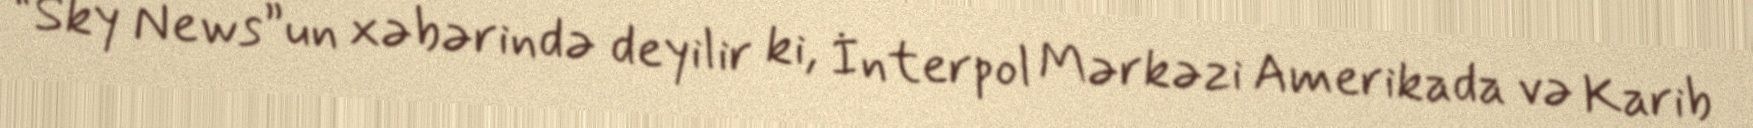
“Sky News”un xəbərində deyilir ki, İnterpol Mərkəzi Amerikada və Karib